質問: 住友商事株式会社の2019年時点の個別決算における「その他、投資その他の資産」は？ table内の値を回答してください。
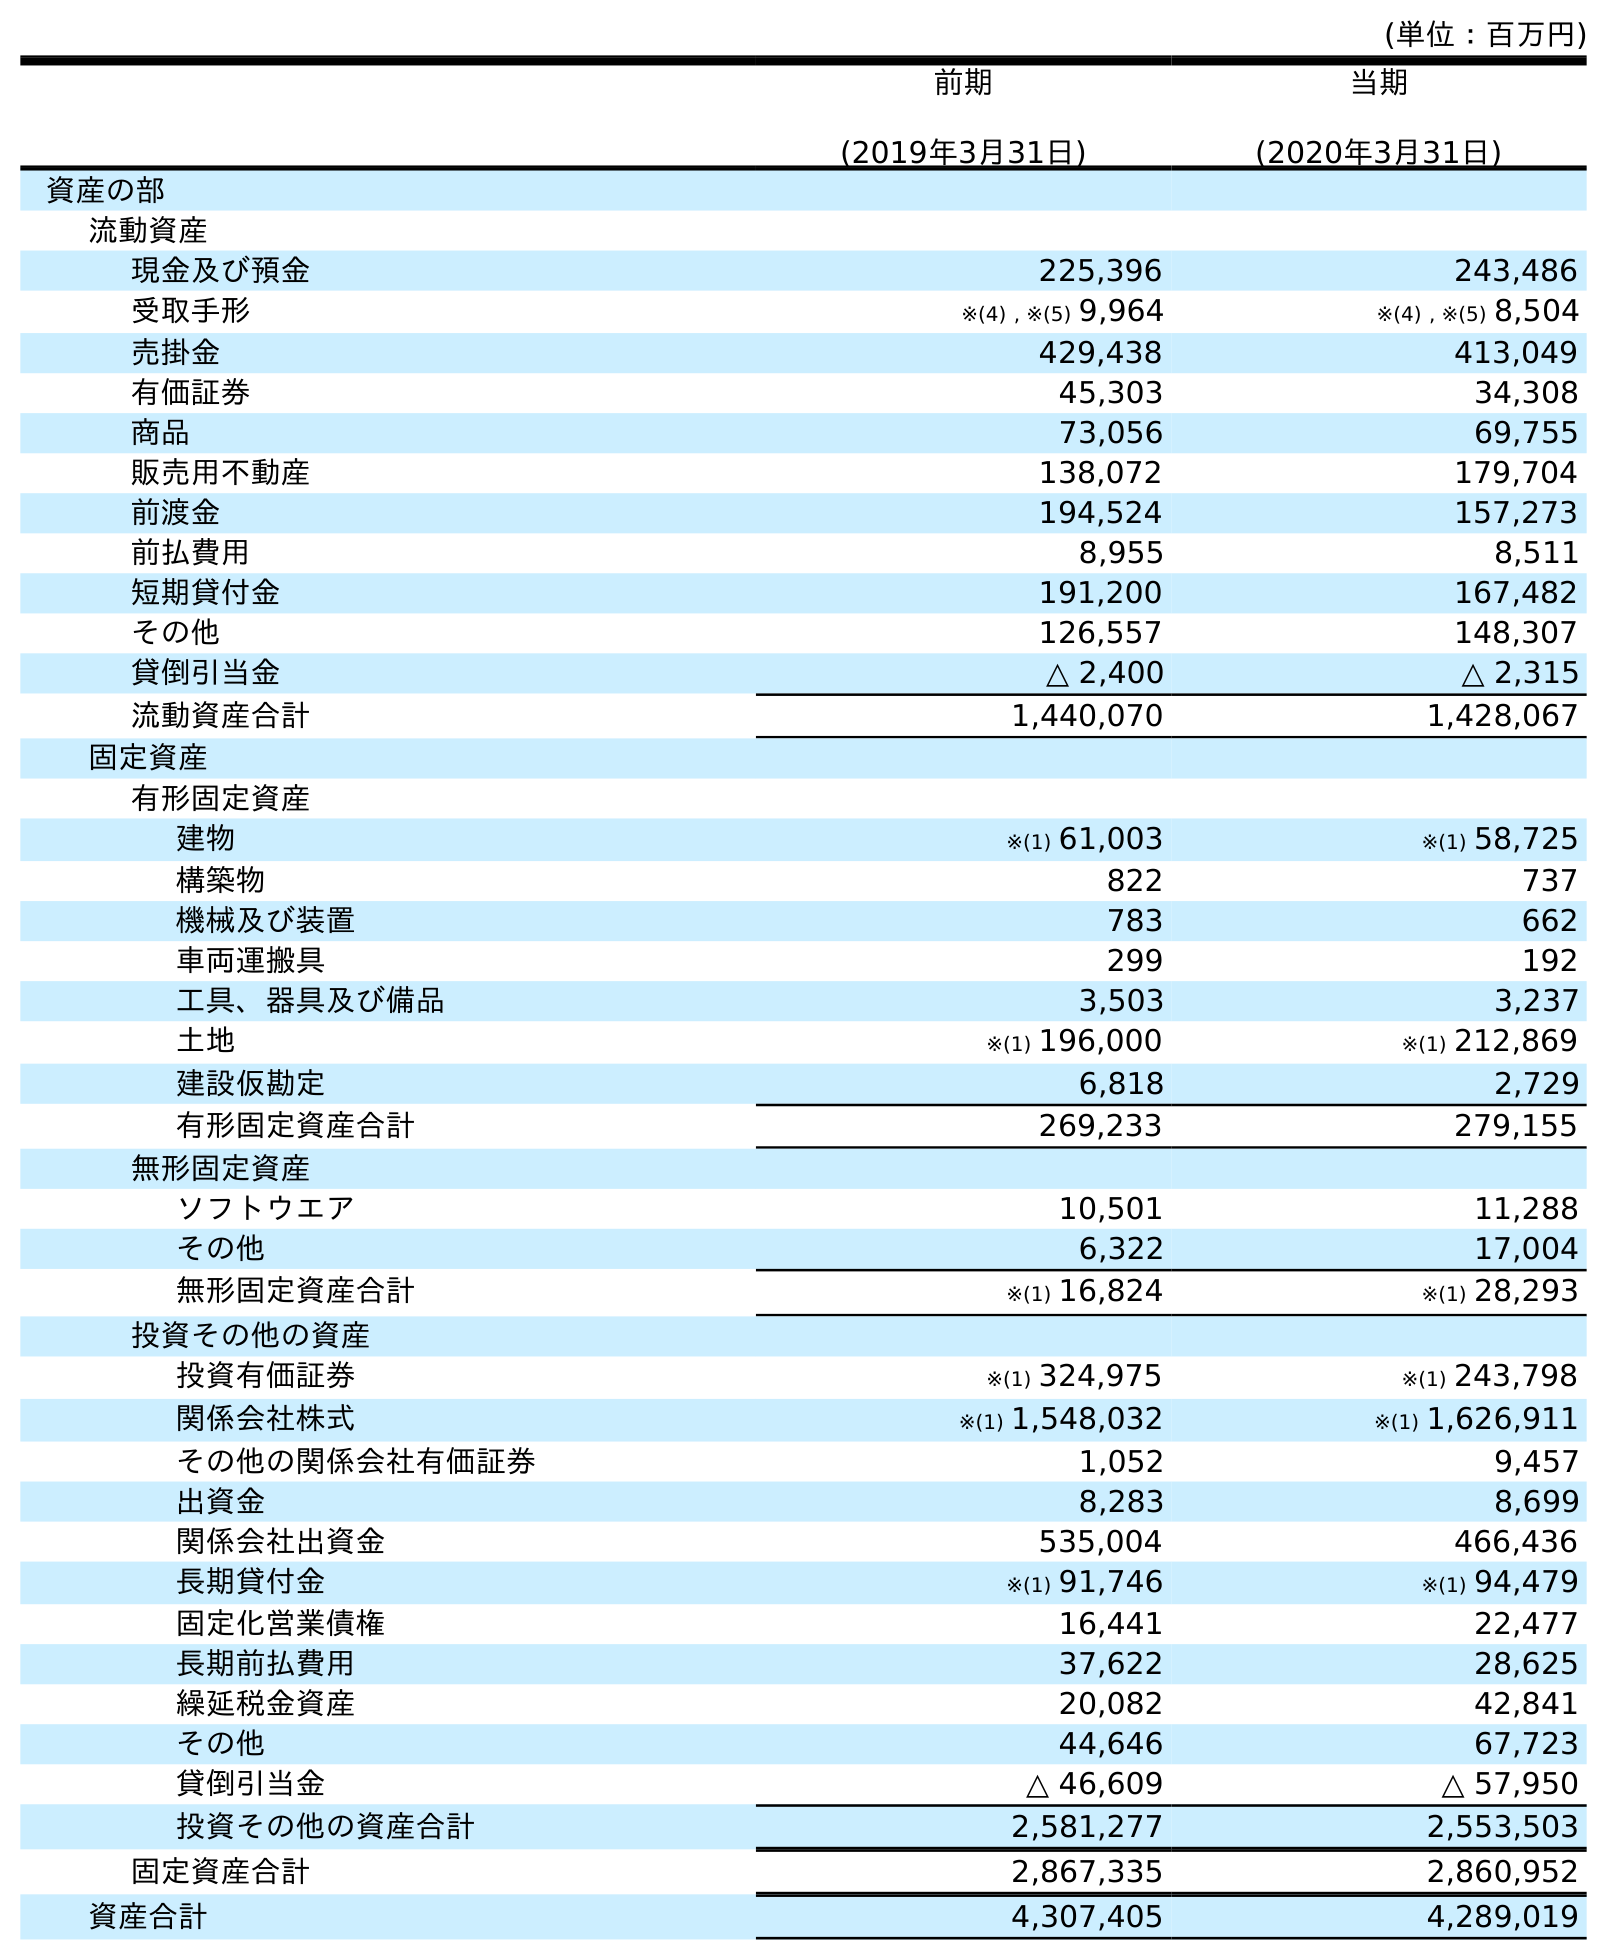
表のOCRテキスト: (単位：百万円) 前期 (2019年3月31日) 当期 (2020年3月31日) 資産の部 流動資産 現金及び預金 225,396 243,486 受取手形 ※(4) , ※(5) 9,964 ※(4) , ※(5) 8,504 売掛金 429,438 413,049 有価証券 45,303 34,308 商品 73,056 69,755 販売用不動産 138,072 179,704 前渡金 194,524 157,273 前払費用 8,955 8,511 短期貸付金 191,200 167,482 その他 126,557 148,307 貸倒引当金 △ 2,400 △ 2,315 流動資産合計 1,440,070 1,428,067 固定資産 有形固定資産 建物 ※(1) 61,003 ※(1) 58,725 構築物 822 737 機械及び装置 783 662 車両運搬具 299 192 工具、器具及び備品 3,503 3,237 土地 ※(1) 196,000 ※(1) 212,869 建設仮勘定 6,818 2,729 有形固定資産合計 269,233 279,155 無形固定資産 ソフトウエア 10,501 11,288 その他 6,322 17,004 無形固定資産合計 ※(1) 16,824 ※(1) 28,293 投資その他の資産 投資有価証券 ※(1) 324,975 ※(1) 243,798 関係会社株式 ※(1) 1,548,032 ※(1) 1,626,911 その他の関係会社有価証券 1,052 9,457 出資金 8,283 8,699 関係会社出資金 535,004 466,436 長期貸付金 ※(1) 91,746 ※(1) 94,479 固定化営業債権 16,441 22,477 長期前払費用 37,622 28,625 繰延税金資産 20,082 42,841 その他 44,646 67,723 貸倒引当金 △ 46,609 △ 57,950 投資その他の資産合計 2,581,277 2,553,503 固定資産合計 2,867,335 2,860,952 資産合計 4,307,405 4,289,019
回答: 44,646